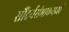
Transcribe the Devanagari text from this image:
सौंदर्यसंभावनाओं